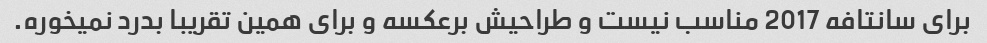
برای سانتافه 2017 مناسب نیست و طراحیش برعکسه و برای همین تقریبا بدرد نمیخوره.